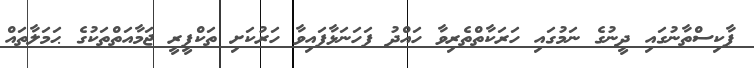
ޕާކިސްތާނުގައި ދީނުގެ ނަމުގައި ހަރަކާތްތެރިވާ ހައްދު ފަހަނަޅާފައިވާ ހަރުކަށި ތަކްފީރީ ޖަމާއަތްތަކުގެ ޙަމަލާތައް